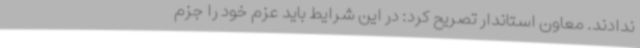
ندادند. معاون استاندار تصریح کرد: در این شرایط باید عزم خود را جزم